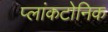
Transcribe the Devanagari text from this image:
प्लांकटोनिक